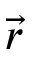
\vec { r }